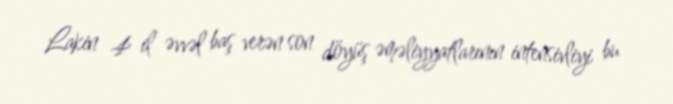
Lakin 4 il əvvəl baş verən son döyüş əməliyyatlarının intensivliyi bu